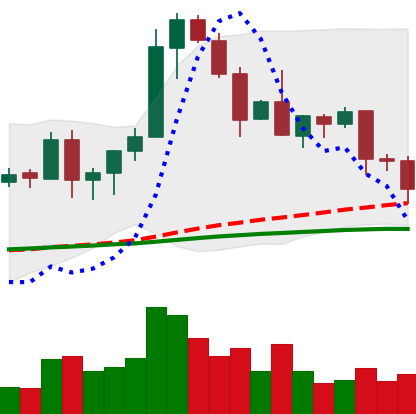
Ticker: EOS-USD
Chart end date: 2020-08-27
Forward return: 16.785%
Label: up_7plus